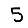
Digit: 5